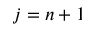
j = n + 1